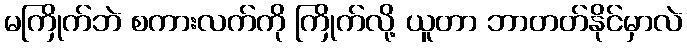
မကြိုက်ဘဲ စကားလက်ကို ကြိုက်လို့ ယူတာ ဘာတတ်နိုင်မှာလဲ